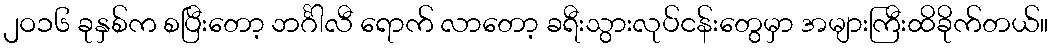
၂ဝ၁၆ ခုနှစ်က စပြီးတော့ ဘင်္ဂါလီ ရောက် လာတော့ ခရီးသွားလုပ်ငန်းတွေမှာ အများကြီးထိခိုက်တယ်။